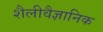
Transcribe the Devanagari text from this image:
शैलीवैज्ञानिक